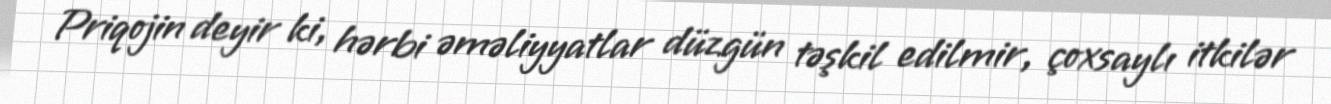
Priqojin deyir ki, hərbi əməliyyatlar düzgün təşkil edilmir, çoxsaylı itkilər